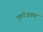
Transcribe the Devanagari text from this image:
भूमीजवळ